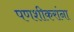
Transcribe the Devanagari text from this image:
पणशीकरांना